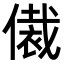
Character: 𬿢